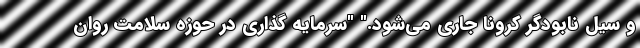
و سیل نابودگر کرونا جاری می‌شود." "سرمایه گذاری در حوزه سلامت روان